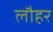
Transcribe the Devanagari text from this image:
लौहर